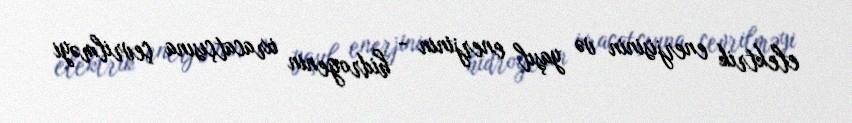
elektrik enerjisinin və yaşıl enerjinin - hidrogenin ixracatçısına çevrilməyi